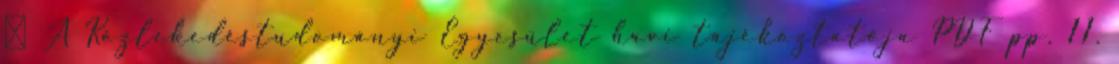
↑ A Közlekedéstudományi Egyesület havi tájékoztatója PDF pp. 11.